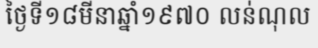
ថ្ងៃទី១៨មីនាឆ្នាំ១៩៧០ លន់ណុល